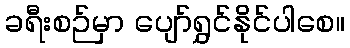
ခရီးစဉ်မှာ ပျော်ရွှင်နိုင်ပါစေ။